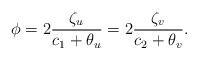
LaTeX: \begin{align*}\phi =2\frac{\zeta_u}{c_1+\theta_u}=2\frac{\zeta_v}{c_2+\theta_v}.\end{align*}